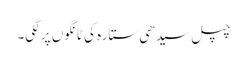
چپل سیدھی ستارہ کی ٹانگوں پر لگی۔